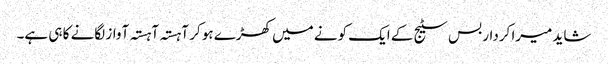
شاید میرا کردار بس سٹیج کے ایک کونے میں کھڑے ہو کر آہستہ آہستہ آواز لگانے کا ہی ہے۔